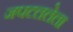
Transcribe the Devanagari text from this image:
जपटललेला